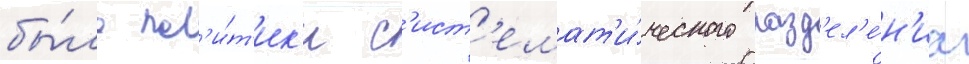
бы́ло пол'и́т'ик'и с'ист'емат'и́ческого разд'ел'е́н'иа